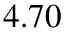
4 . 7 0